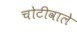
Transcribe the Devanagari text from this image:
चोटीवाले